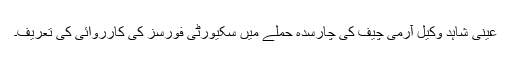
عینی شاہد وکیل آرمی چیف کی چارسدہ حملے میں سکیورٹی فورسز کی کارروائی کی تعریف۔